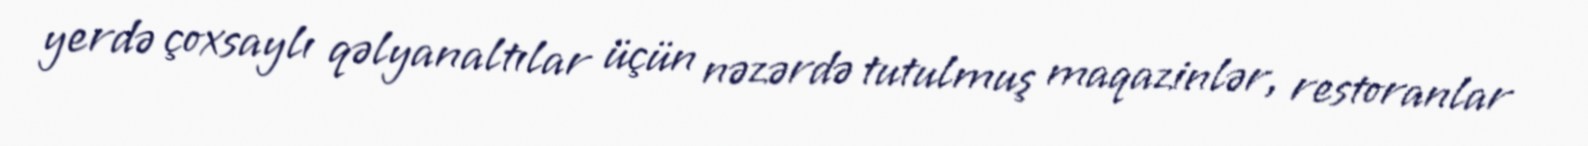
yerdə çoxsaylı qəlyanaltılar üçün nəzərdə tutulmuş maqazinlər, restoranlar